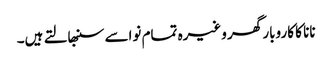
نانا کا کاروبار گھر وغیرہ تمام نواسے سنبھالتے ہیں۔